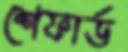
শেফার্ড